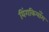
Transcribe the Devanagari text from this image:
यिंगकियाँग